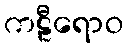
ကဠီရောဝ